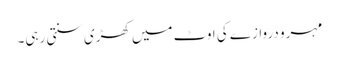
مہرو دروازے کی اوٹ میں کھڑی سنتی رہی۔